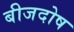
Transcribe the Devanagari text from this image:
बीजदोष